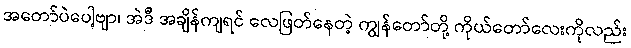
အတော်ပဲပေါ့ဗျာ၊ အဲဒီ အချိန်ကျရင် လေဖြတ်နေတဲ့ ကျွန်တော်တို့ ကိုယ်တော်လေးကိုလည်း